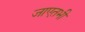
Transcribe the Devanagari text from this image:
जाएतभी